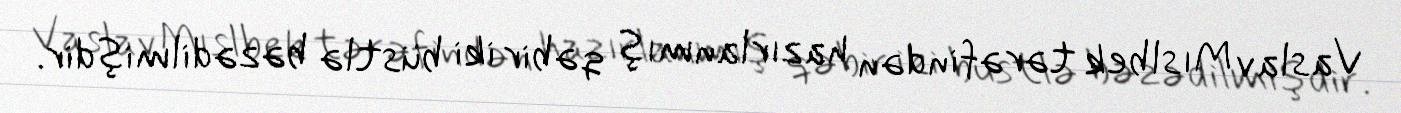
Vaslav Mıslbek tərəfindən hazırlanmış qəbir iki büstlə bəzədilmişdir.